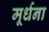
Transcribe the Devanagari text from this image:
मूर्धना